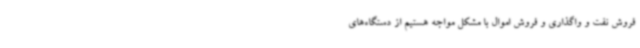
فروش نفت و واگذاری و فروش اموال با مشکل مواجه هستیم از دستگاه‌های